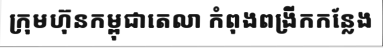
ក្រុមហ៊ុនកម្ពុជាតេលា កំពុងពង្រីកកន្លែង